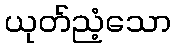
ယုတ်ညံ့သော